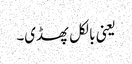
یعنی بالکل پھسڈی۔